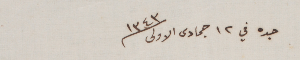
جده في ١٢ جمادى الاولى ١٣٤٣